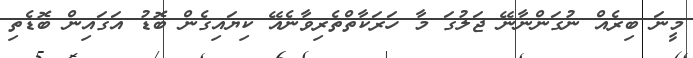
މީނަ ބިރެއް ނުގަންނާނޭ ޖަލުގަ މާ ހަރަކާތްތެރިވާނެއޭ ކިޔައިގެން ބޮޑު އަގައިން ބޮޑެތި